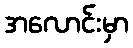
အလောင်းမှာ